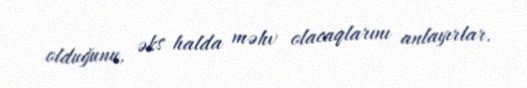
olduğunu, əks halda məhv olacaqlarını anlayırlar.